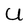
Character: U